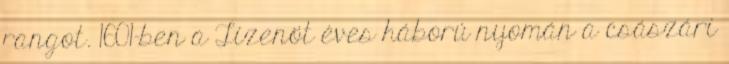
rangot. 1601-ben a Tizenöt éves háború nyomán a császári